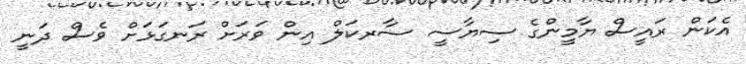
އެކަން ރައީސް ޔާމީންގެ ސިޔާސީ ސާރކަލް އިން ވަރަށް ރަނގަޅަށް ވެސް ދަނީ